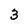
Character: 3